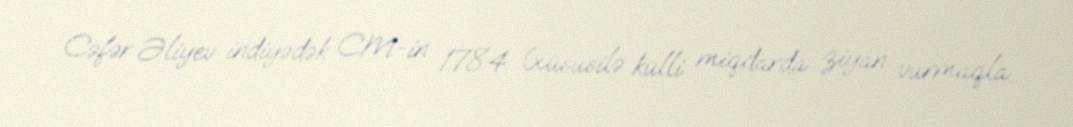
Cəfər Əliyev indiyədək CM-in 178.4 (xüsusilə külli miqdarda ziyan vurmaqla